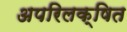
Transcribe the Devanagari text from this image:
अपरिलक्षित